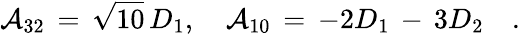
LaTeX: {\cal A}_{32}\, =\, \sqrt{10}\, D_{1},\quad{\cal A}_{10}\, =\, -2D_{1}\, -\, 3D_{2}\quad.